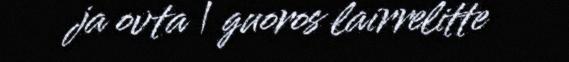
ja ovta | guoros lairrelitte